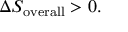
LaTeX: \Delta S _ { \mathrm { o v e r a l l } } > 0 .